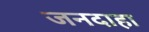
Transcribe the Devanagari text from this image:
जनदाहा